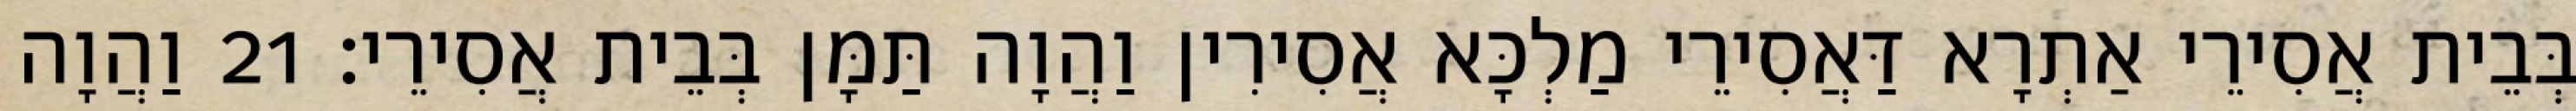
בְּבֵית אֲסִירֵי אַתְרָא דַּאֲסִירֵי מַלְכָּא אֲסִירִין וַהֲוָה תַּמָּן בְּבֵית אֲסִירֵי׃ 21 וַהֲוָה